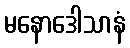
မနောဒေါသာနံ